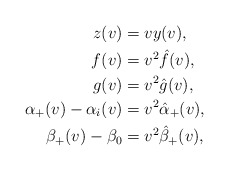
\begin{align*} z(v)&=vy(v),\\ f(v)&=v^2\hat{f}(v),\\ g(v)&=v^2\hat{g}(v),\\ \alpha_+(v)-\alpha_i(v)&=v^2\hat{\alpha}_+(v),\\ \beta_+(v)-\beta_0&=v^2\hat{\beta}_+(v),\end{align*}